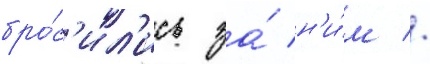
бро́с'ил'ись за́ н'и́м //